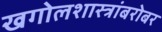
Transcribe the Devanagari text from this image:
खगोलशास्त्रांबरोबर